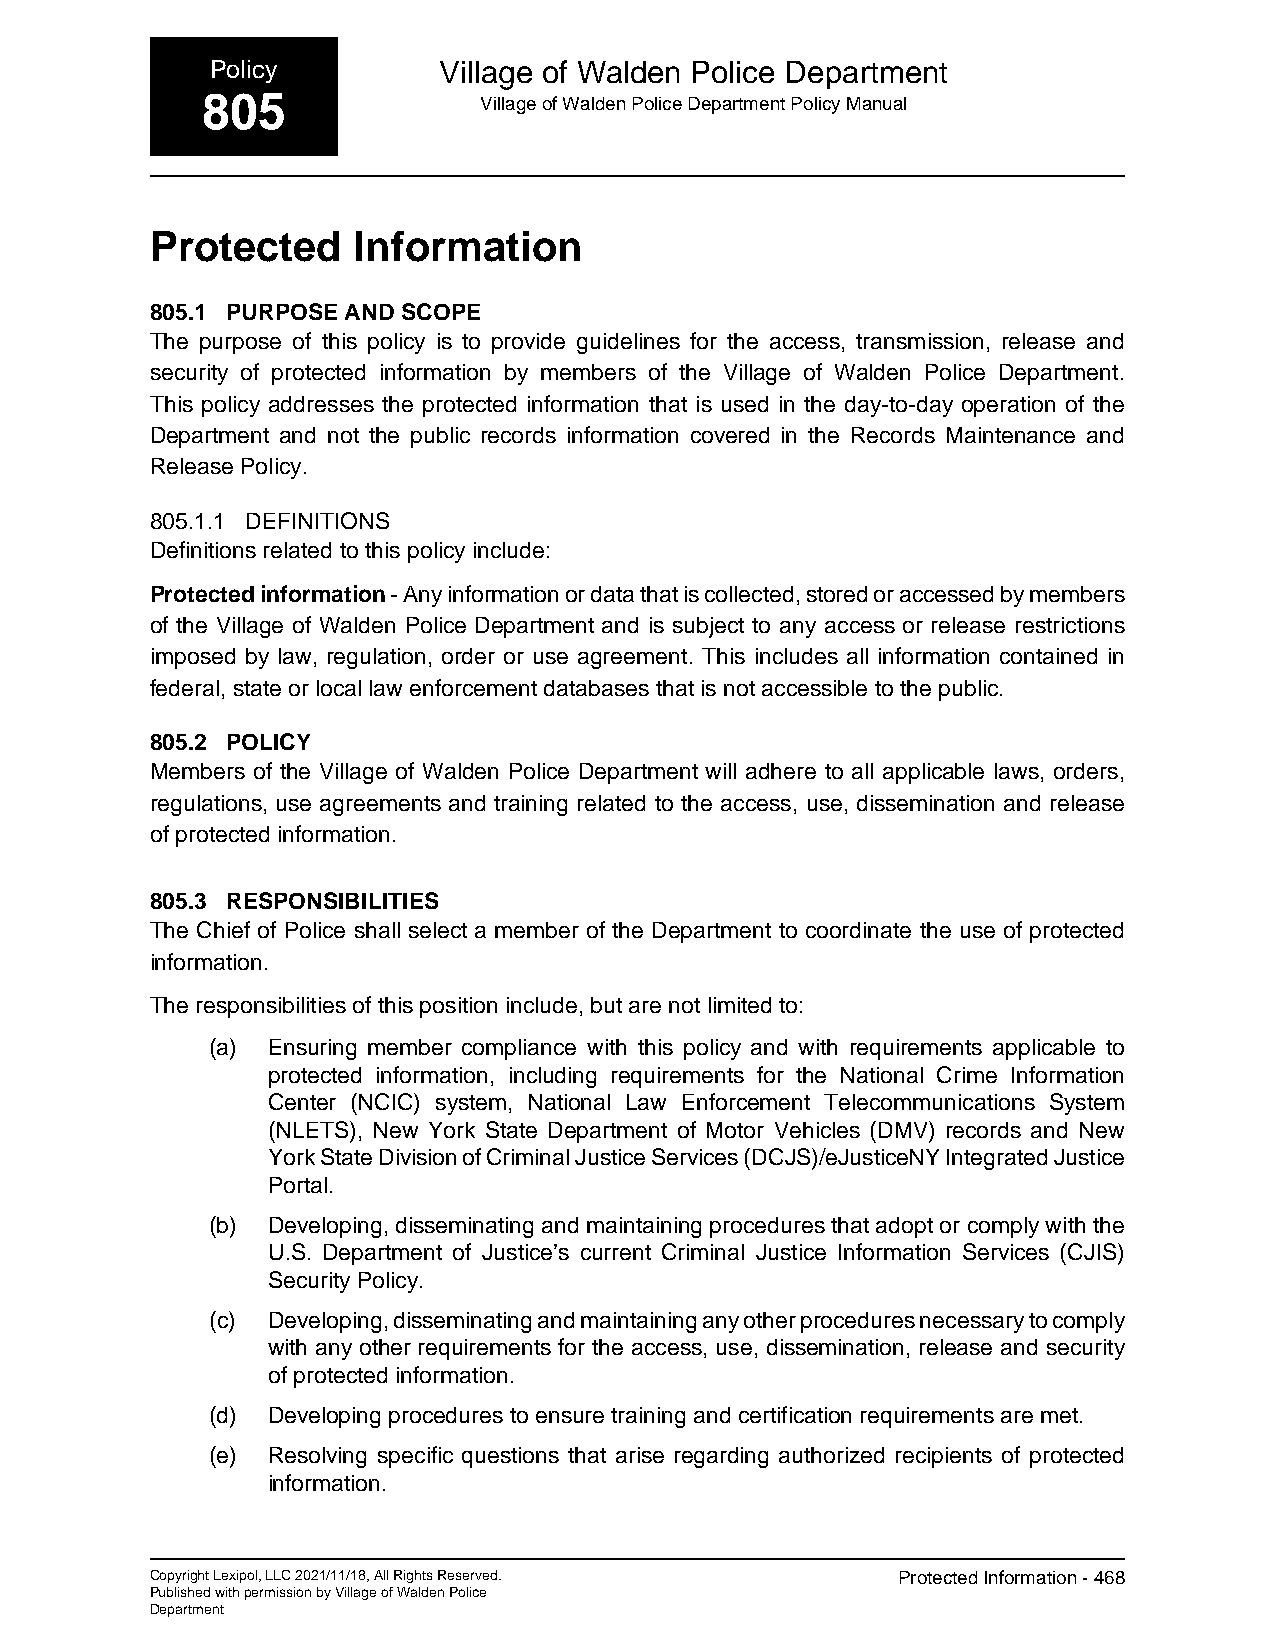
Policy         Village of Walden Police Department
 805                Village of Walden Police Department Policy Manual
 Protected    Information
 805.1 PURPOSE AND SCOPE
 The purpose of this policy is to provide guidelines for the access, transmission, release and
 security of protected information by members of the Village of Walden Police Department.
 This policy addresses the protected information that is used in the day-to-day operation of the
 Department and not the public records information covered in the Records Maintenance and
 Release Policy.
 805.1.1 DEFINITIONS
 Definitions related to this policy include:
 Protected information - Any information or data that is collected, stored or accessed by members
 of the Village of Walden Police Department and is subject to any access or release restrictions
 imposed by law, regulation, order or use agreement. This includes all information contained in
 federal, state or local law enforcement databases that is not accessible to the public.
 805.2 POLICY
 Members of the Village of Walden Police Department will adhere to all applicable laws, orders,
 regulations, use agreements and training related to the access, use, dissemination and release
 of protected information.
 805.3 RESPONSIBILITIES
 The Chief of Police shall select a member of the Department to coordinate the use of protected
 information.
 The responsibilities of this position include, but are not limited to:
 (a) Ensuring member compliance with this policy and with requirements applicable to
 protected information, including requirements for the National Crime Information
 Center (NCIC) system, National Law Enforcement Telecommunications System
 (NLETS), New York State Department of Motor Vehicles (DMV) records and New
 York State Division of Criminal Justice Services (DCJS)/eJusticeNY Integrated Justice
 Portal.
 (b) Developing, disseminating and maintaining procedures that adopt or comply with the
 U.S. Department of Justice’s current Criminal Justice Information Services (CJIS)
 Security Policy.
 (c) Developing, disseminating and maintaining any other procedures necessary to comply
 with any other requirements for the access, use, dissemination, release and security
 of protected information.
 (d) Developing procedures to ensure training and certification requirements are met.
 (e) Resolving specific questions that arise regarding authorized recipients of protected
 information.
 Copyright Lexipol, LLC 2021/11/18, All Rights Reserved. Protected Information - 468
 Published with permission by Village of Walden Police
 Department